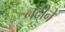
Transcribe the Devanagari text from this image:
नंदीने